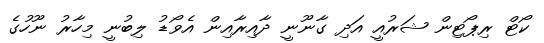
ކޯޓް ރިޕޯޓިން ޝަރުއީ އަދި ގާނޫނީ ދާއިރާއިން އެވޯޑު ލިބުނީ މިހާރު ނޫހުގެ